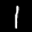
Label: 1